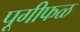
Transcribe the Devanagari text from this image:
पूगीफळ